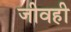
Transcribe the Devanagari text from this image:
जीवही